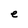
Character: e